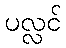
ပလ္လင်